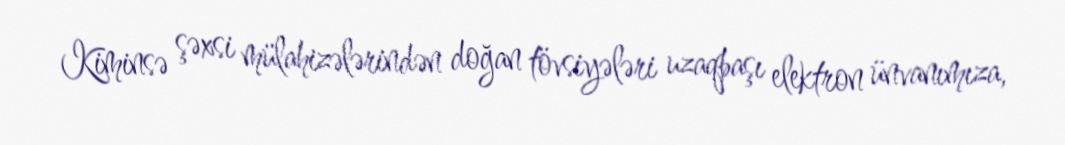
Kiminsə şəxsi mülahizələrindən doğan tövsiyələri uzaqbaşı elektron ünvanımıza,